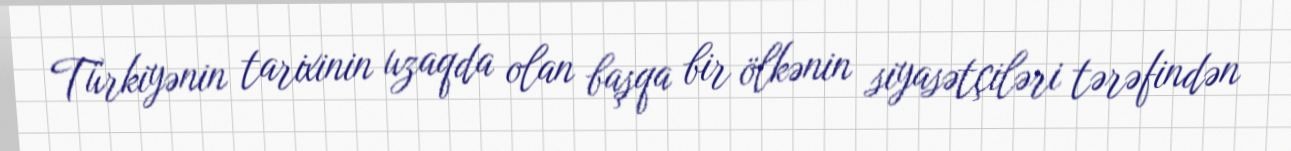
Türkiyənin tarixinin uzaqda olan başqa bir ölkənin siyasətçiləri tərəfindən